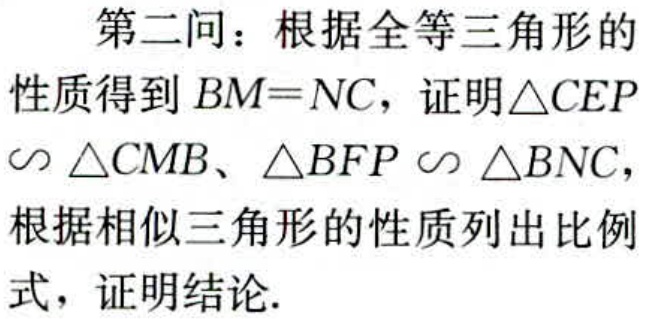
第二问：根据全等三角形的

性质得到 \(BM = NC\)，证明\(\triangle CEP\)

\(\backsim\triangle CMB\)、\(\triangle BFP\backsim\triangle BNC\)，

根据相似三角形的性质列出比例

式，证明结论.